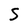
Character: S